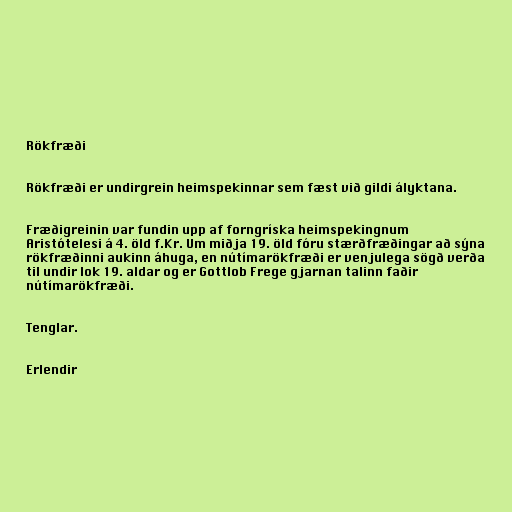
Rökfræði

Rökfræði er undirgrein heimspekinnar sem fæst við gildi ályktana.

Fræðigreinin var fundin upp af forngríska heimspekingnum
Aristótelesi á 4. öld f.Kr. Um miðja 19. öld fóru stærðfræðingar að sýna
rökfræðinni aukinn áhuga, en nútímarökfræði er venjulega sögð verða
til undir lok 19. aldar og er Gottlob Frege gjarnan talinn faðir
nútímarökfræði.

Tenglar.

Erlendir